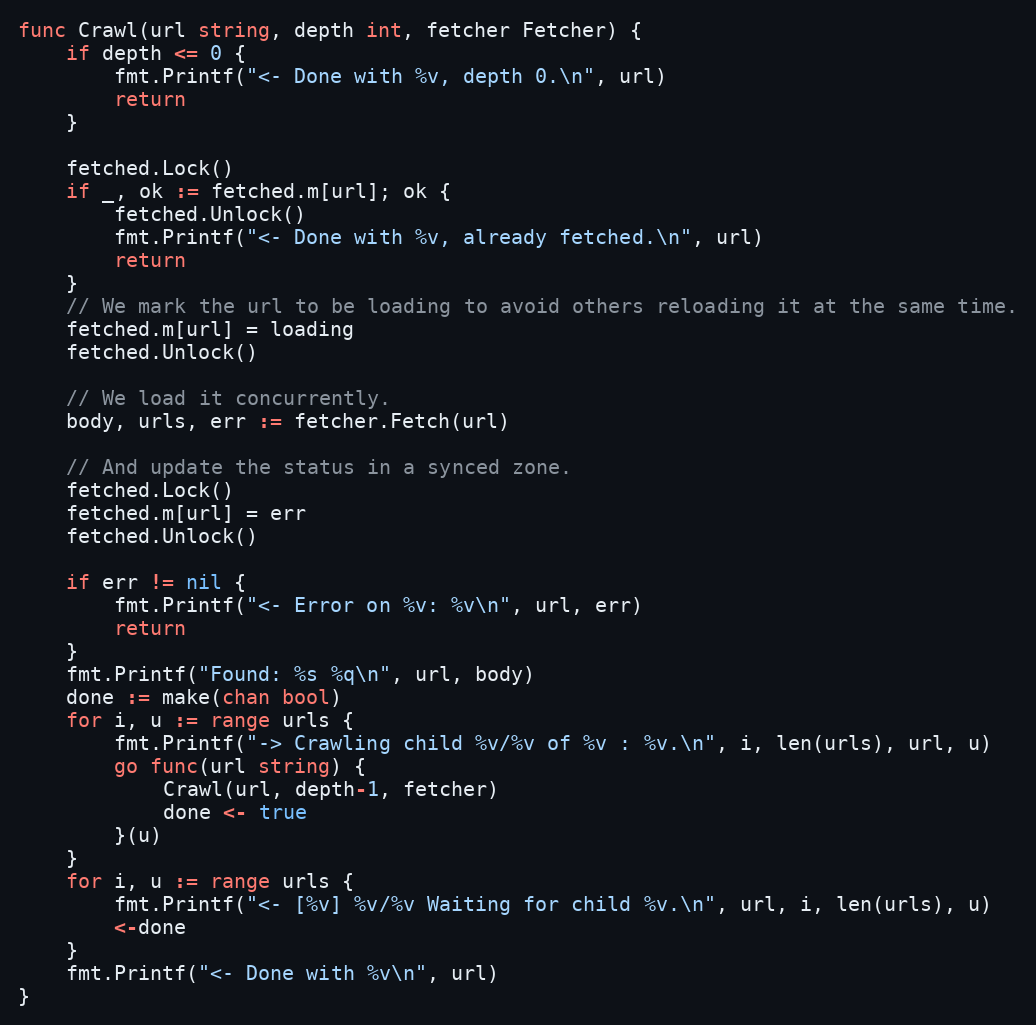
Language: Go
func Crawl(url string, depth int, fetcher Fetcher) {
	if depth <= 0 {
		fmt.Printf("<- Done with %v, depth 0.\n", url)
		return
	}

	fetched.Lock()
	if _, ok := fetched.m[url]; ok {
		fetched.Unlock()
		fmt.Printf("<- Done with %v, already fetched.\n", url)
		return
	}
	// We mark the url to be loading to avoid others reloading it at the same time.
	fetched.m[url] = loading
	fetched.Unlock()

	// We load it concurrently.
	body, urls, err := fetcher.Fetch(url)

	// And update the status in a synced zone.
	fetched.Lock()
	fetched.m[url] = err
	fetched.Unlock()

	if err != nil {
		fmt.Printf("<- Error on %v: %v\n", url, err)
		return
	}
	fmt.Printf("Found: %s %q\n", url, body)
	done := make(chan bool)
	for i, u := range urls {
		fmt.Printf("-> Crawling child %v/%v of %v : %v.\n", i, len(urls), url, u)
		go func(url string) {
			Crawl(url, depth-1, fetcher)
			done <- true
		}(u)
	}
	for i, u := range urls {
		fmt.Printf("<- [%v] %v/%v Waiting for child %v.\n", url, i, len(urls), u)
		<-done
	}
	fmt.Printf("<- Done with %v\n", url)
}